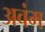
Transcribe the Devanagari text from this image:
अवंम